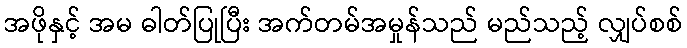
အဖိုနှင့် အမ ဓါတ်ပြုပြီး အက်တမ်အမှုန်သည် မည်သည့် လျှပ်စစ်